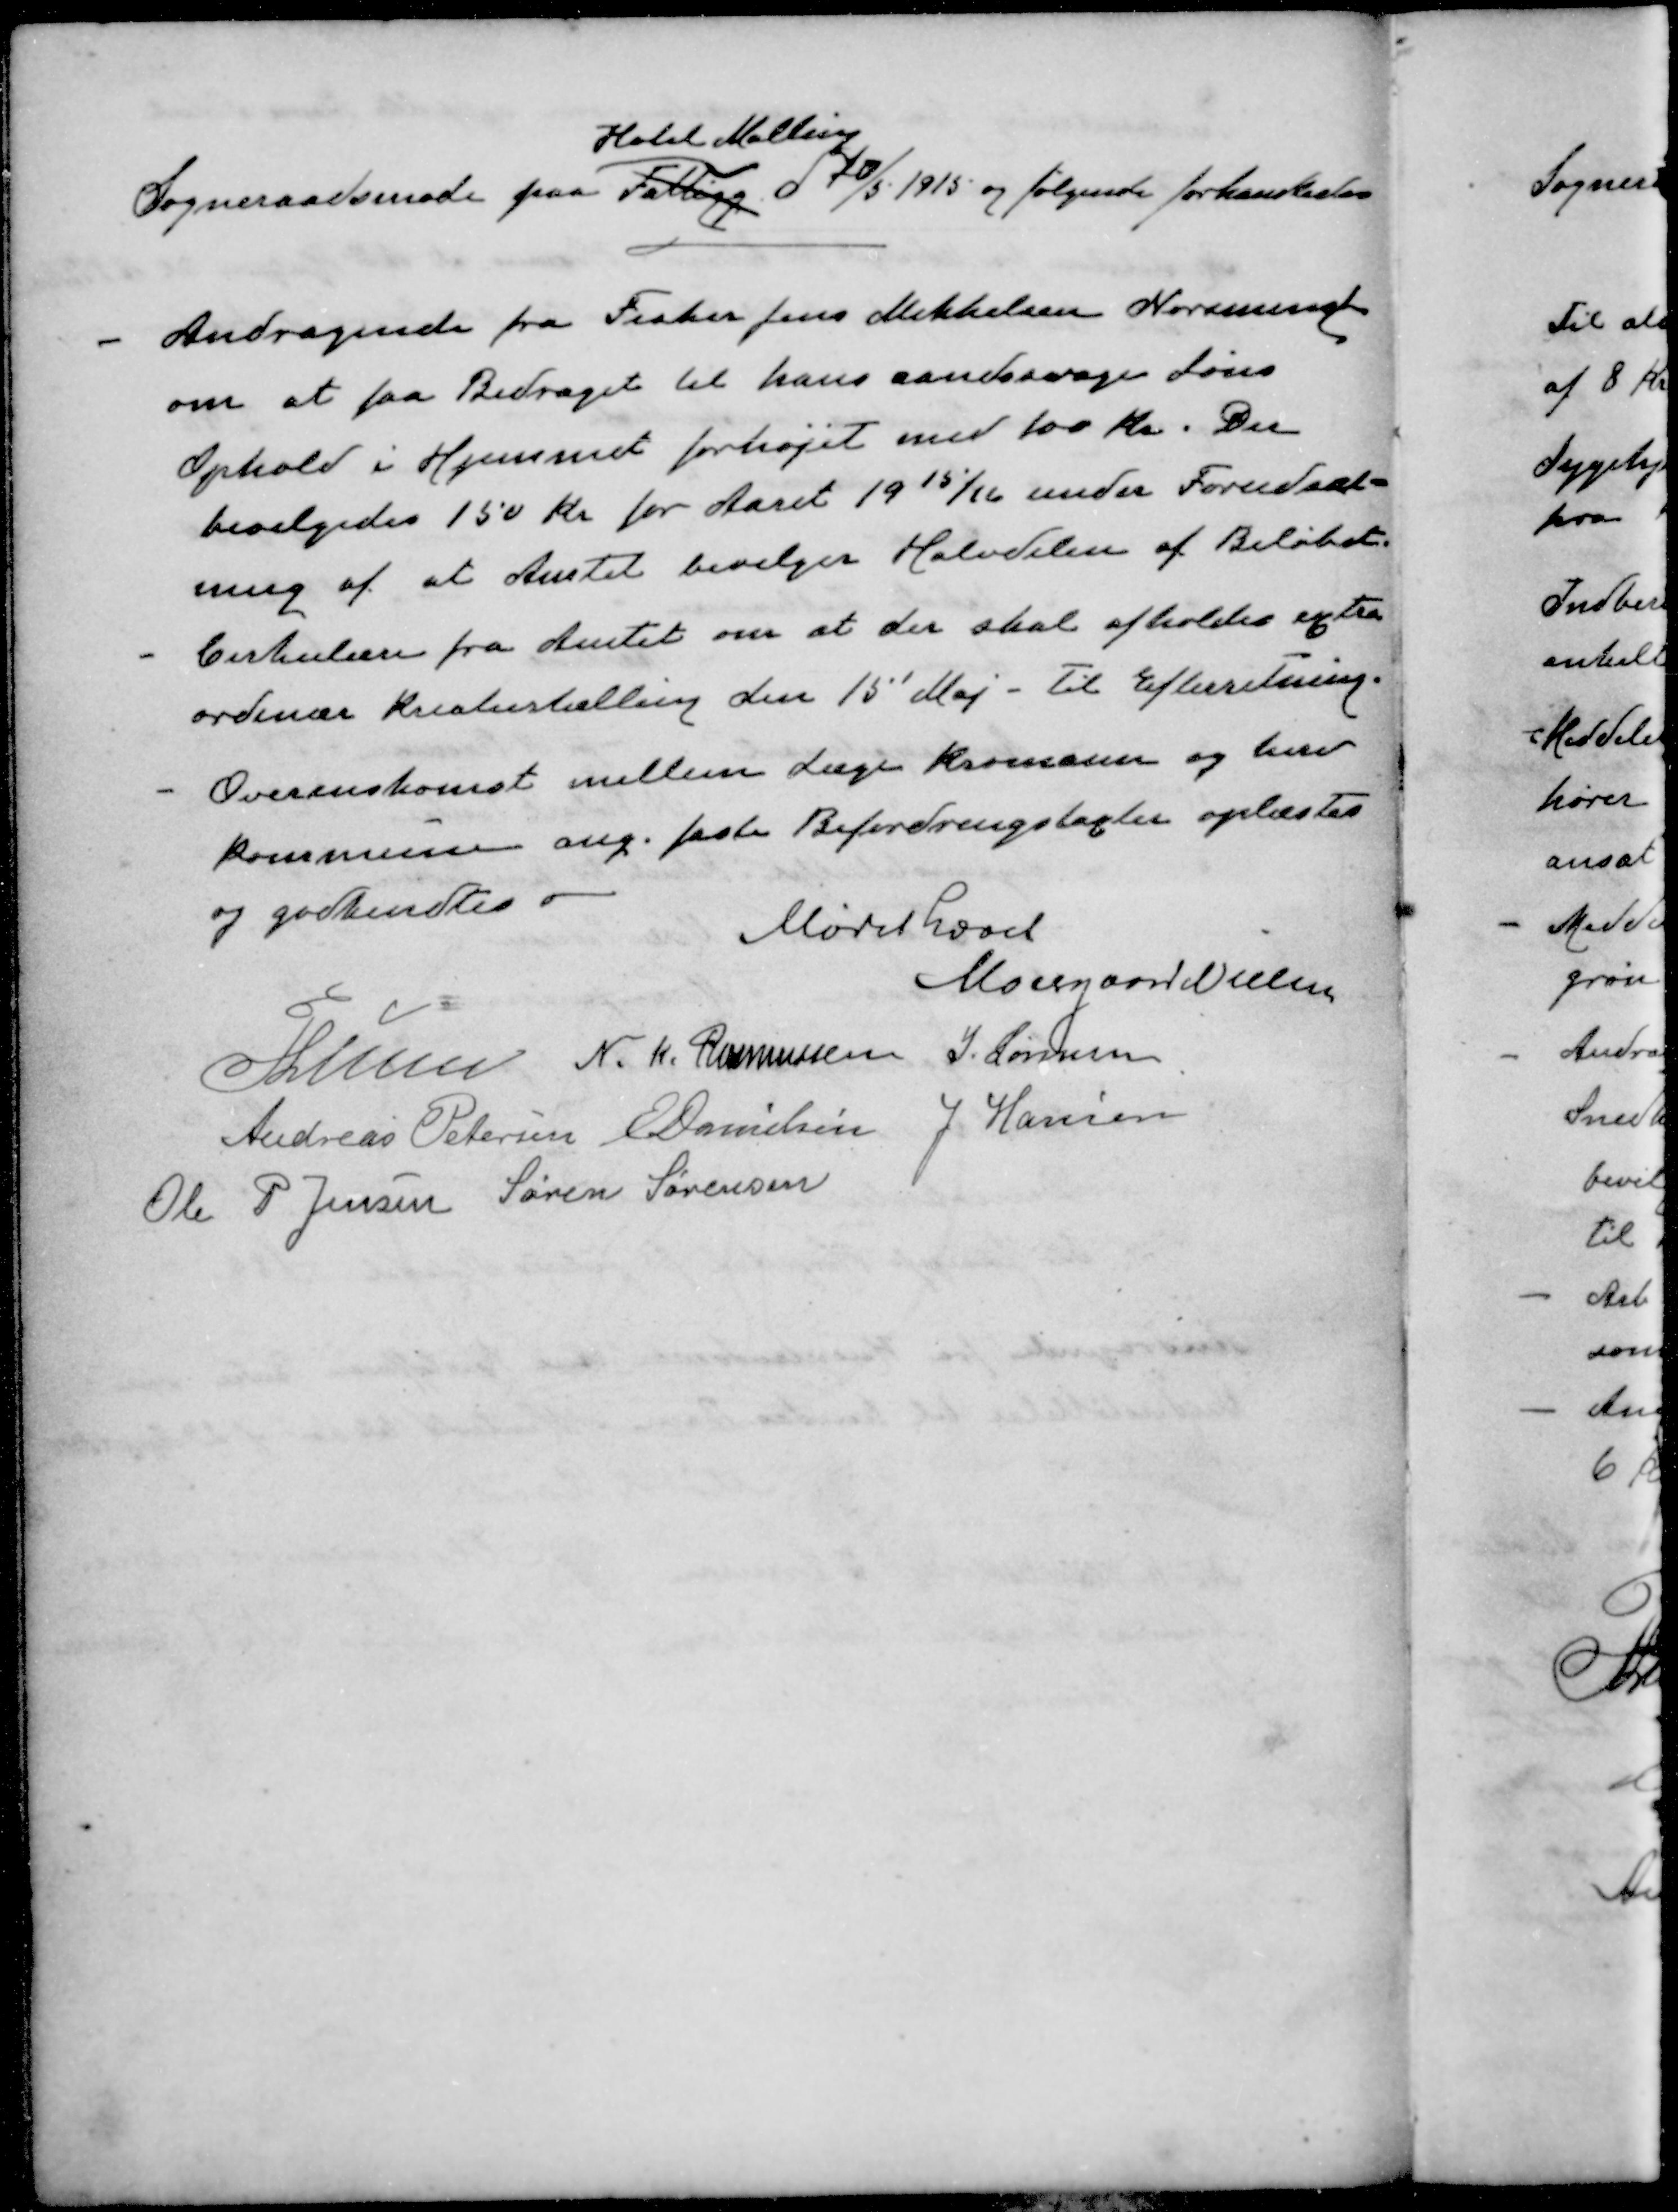
Transskription:
Hotel Malling
Sogneraadsmøde paa Fattigg d. 20/5 1915 og følgende forhandledes
-
Andragende fra Fisker Jens Mikkelsen Norsminde
om at faa Bidraget til hans aandssvage Søns
Ophold i Hjemmet forhøjet med 100 Kr. Der
bevilgedes 150 Kr for Aaret 1915/16 under Forudsæt-
ning af at Amtet bevilger Halvdelen af Beløbet.
- 
Cirkulære fra Amtet om at der skal afholdes extra
ordinær Kreaturtælling den 15' Maj - Til Efterretning.
- 
Overenskomst mellem Læge Kromann og herv
Kommune ang. faste Befordringstaxter oplæstes
og godkendtes
Mødet hævet
Moesgaard Nielsen
P Lunn
N. K. Rasmussen
J. Sørensen
Andreas Petersen
E Danielsen
J Hansen
Ole P Jensen
Søren Sørensen